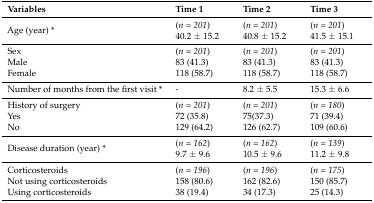
<table><thead><tr><td><b>Variables</b></td><td><b>Time 1</b></td><td><b>Time 2</b></td><td><b>Time 3</b></td></tr></thead><tbody><tr><td rowspan="2">Age (year) *</td><td>(<i>n = 201</i>)</td><td>(<i>n = 201</i>)</td><td>(<i>n = 201</i>)</td></tr><tr><td>40.2 ± 15.2</td><td>40.8 ± 15.2</td><td>41.5 ± 15.1</td></tr><tr><td>Sex</td><td>(<i>n = 201</i>)</td><td>(<i>n = 201</i>)</td><td>(<i>n = 201</i>)</td></tr><tr><td>Male</td><td>83 (41.3)</td><td>83 (41.3)</td><td>83 (41.3)</td></tr><tr><td>Female</td><td>118 (58.7)</td><td>118 (58.7)</td><td>118 (58.7)</td></tr><tr><td>Number of months from the first visit *</td><td>-</td><td>8.2 ± 5.5</td><td>15.3 ± 6.6</td></tr><tr><td>History of surgery</td><td>(<i>n = 201</i>)</td><td>(<i>n = 201</i>)</td><td>(<i>n = 180</i>)</td></tr><tr><td>Yes</td><td>72 (35.8)</td><td>75(37.3)</td><td>71 (39.4)</td></tr><tr><td>No</td><td>129 (64.2)</td><td>126 (62.7)</td><td>109 (60.6)</td></tr><tr><td rowspan="2">Disease duration (year) *</td><td>(<i>n = 162</i>)</td><td>(<i>n = 162</i>)</td><td>(<i>n = 139</i>)</td></tr><tr><td>9.7 ± 9.6</td><td>10.5 ± 9.6</td><td>11.2 ± 9.8</td></tr><tr><td>Corticosteroids</td><td>(<i>n = 196</i>)</td><td>(<i>n = 196</i>)</td><td>(<i>n = 175</i>)</td></tr><tr><td>Not using corticosteroids</td><td>158 (80.6)</td><td>162 (82.6)</td><td>150 (85.7)</td></tr><tr><td>Using corticosteroids</td><td>38 (19.4)</td><td>34 (17.3)</td><td>25 (14.3)</td></tr></tbody></table>